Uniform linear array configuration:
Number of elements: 4
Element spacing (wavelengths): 0.25
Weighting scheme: exponential
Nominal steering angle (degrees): -60
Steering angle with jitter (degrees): -61.533
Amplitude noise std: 0.05
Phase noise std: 0.05

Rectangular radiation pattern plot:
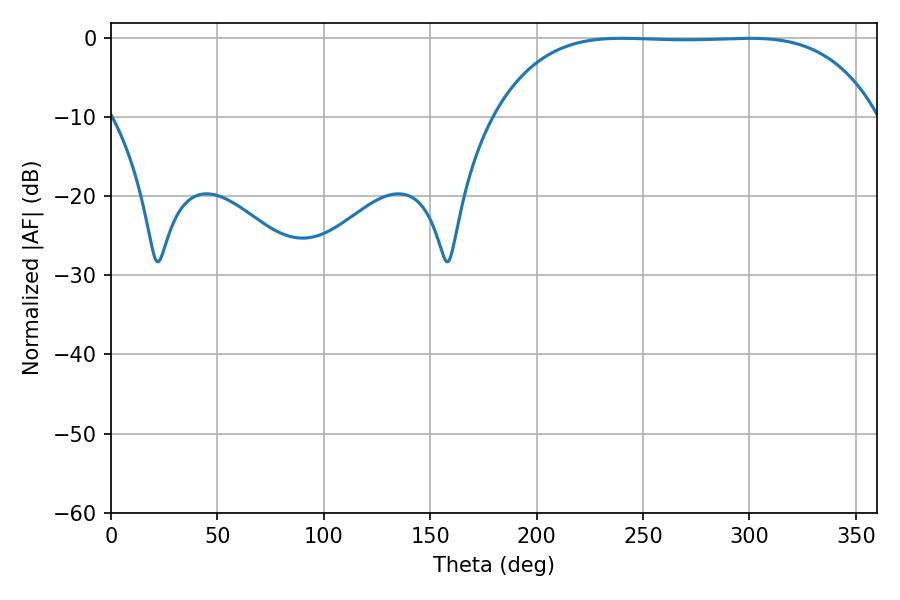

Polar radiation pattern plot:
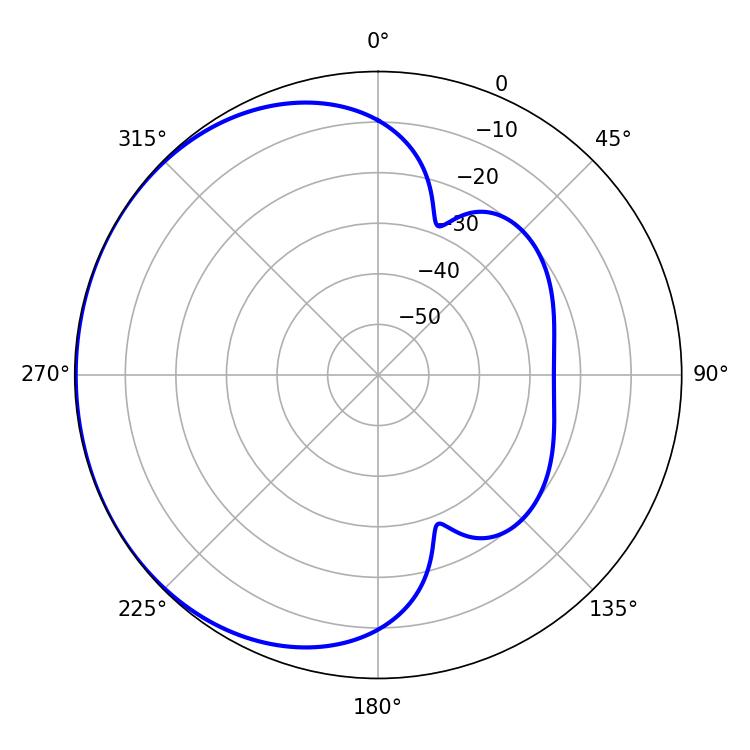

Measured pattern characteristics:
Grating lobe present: FALSE
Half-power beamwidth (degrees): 138.96
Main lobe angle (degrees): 240.12